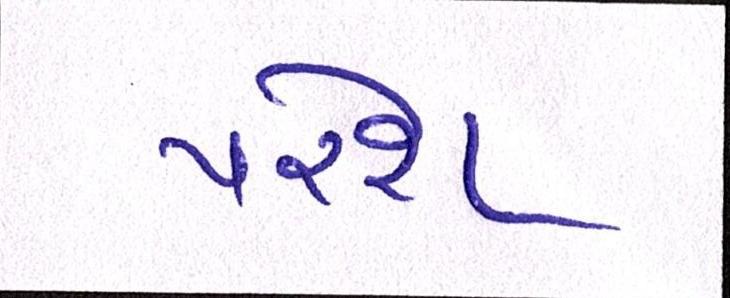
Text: પરેશ